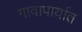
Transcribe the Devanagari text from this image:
गावापार्यात